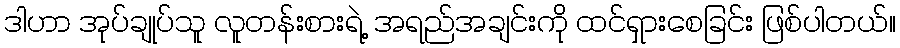
ဒါဟာ အုပ်ချုပ်သူ လူတန်းစားရဲ့ အရည်အချင်းကို ထင်ရှားစေခြင်း ဖြစ်ပါတယ်။